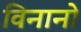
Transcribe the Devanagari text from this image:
विनानो